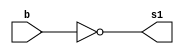
//-------------------------------------------
// Extra006 - AND em um byte
// Nome: Mateus Guilherme do Carmo Cruz
// Matrcula: 427446
//---------------------------------------------

module notgate(output[7:0] s1, input [7:0] b);
	assign s1 = ~b;
endmodule

module andgate(output s2, input [7:0] a);
	assign s2 = a[0] & a[1] & a[2] & a[3] & a[4] & a[5] & a[6]& a[7];
endmodule

module principal;
	reg[0:7] a,b; //conexo
	wire[0:7]s1; //fio
	wire s2;	//fio
	
	//instancia
	notgate NOT1(s1,b);
	andgate AND1(s2, s1);
	
	//preparao
	initial begin:start
		b=8'b1111_1111;
	end
	
	//parte principal
	initial begin:main
		$display("Extra0006 - Operao com byte - Mateus Guilherme do Carmo Cruz - 427446");
		$display("\t	time\tnot= s1 op = s2\n");
		b=8'b1111_1111;
		$monitor("%d\t~(%b) = %b op = %b",$time, b, s1, s2);
		$display("s2 = %b",s2);
	#1 b=8'b111_1110;
	#2 b=8'b111_1101;
	end
endmodule